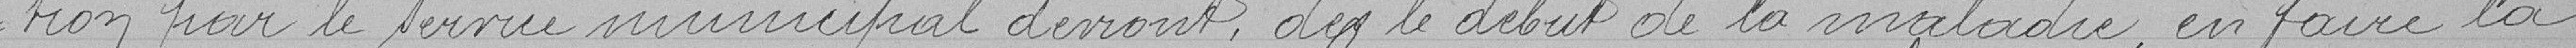
tion par le service municipal devront, dés le début de la maladie en faire la